Report on sanitation, dispensaries, and jails in Rajputana for 1915, and on vaccination for the year 1915-1916 - 1915-1916
Year: 1915
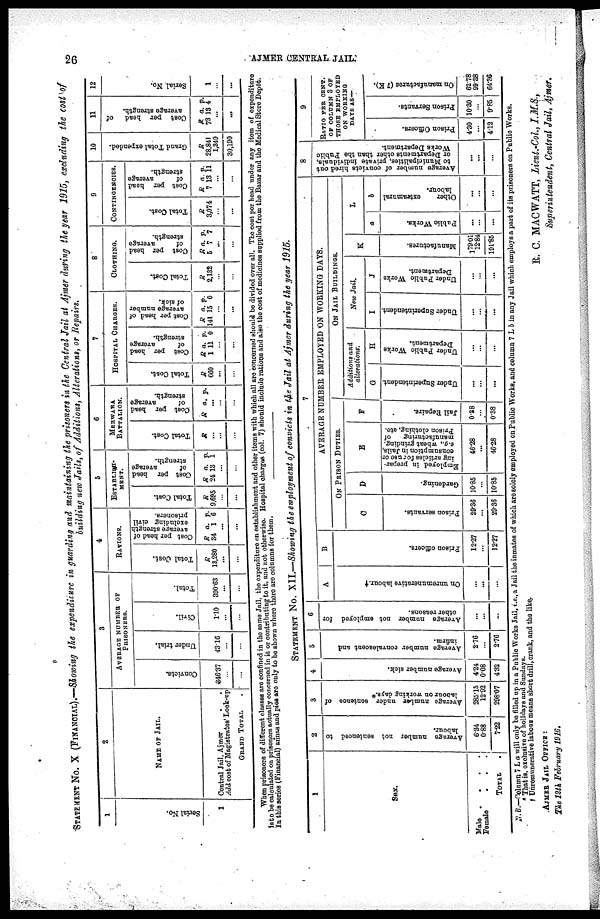
26
AJMER CENTRAL-JAIL.
STATEMENT No. X (FINANCIAL).—Showing the expenditure
in guarding and maintaining the prisoners in the Central Jail at Ajmer during the year 1915, excluding
the cost of
building new Jails, of Additions, Alterations, or Repairs.
1
Serial No.
1
2
NAME OF JAIL.
Contral Jail ,Ajmer . .
Add cost of Magistrates' Look-up
GRAND TOTAL .
3
AVERAGE NUMBER OF
PRISONERS.
Convicts.
346.37
...
. . .
Under trial.
43.16
...
...
Civil.
1. 10
...
...
Total.
390.63
...
...
4
RATIONS.
Total Cost.
R
18,280
...
...
Cost per head of
average strength
excluding civil
prisoners.
R
34
a.
1
p.
6
...
...
5
ESTABLISH¬
MENT.
Total Cost.
R
9,695
...
...
Cost per head
of
average
strength.
R
24
a.
13
p.
1
...
...
6
MERWARA
BATTALION.
Total Cost.
R
...
...
...
Cost per head
of
average
strength.
R a. p.
...
...
...
7
HOSPITAL CHARGES.
Total Cost.
R
660
...
...
Cost per head
of
average
strength.
R
1
a.
11
p.
0
...
...
Cost per head of
average number
of sick.
R
141
a.
15
p.
0
...
...
8
CLOTHING.
Total Cost.
R
2,132
...
...
Cost per head
of
average
strength.
R
5
a.
4
p.
7
...
...
9
CONTINGENCIES.
Total Cost.
R
3,074
...
...
Cost per head
of
average
strength.
R
7
a.
13
p.
11
...
...
10
Grand Total expended.
R
28,841
1,349
30,190
11
Cost per head of
average strength.
R
73
a.
13
p.
4
...
...
12
Serial No.
1
...
...
When prisoner of
diffrent classes are confined in the same Jail, the expenditure on establishment and other items with which all are concerned should be divided over all. The cost per head under any item of expenditure
into be calculate on prisoners actually concorned in it or contributing to it, and not otherwise. Hospital charges (col. 7) should include rations and also the cost of medicines supplied from the Bazar and the Medical Store Depôt.
In this series (Financial) annas and pies are only to be shown where there are columns for them.
STATEMENT No. XII.—Showing the employment of convicts in the Jail at Ajmer during the year 1915.
1
SEX.
Male . . . .
Female
.
.
.
TOTAL.
2
Average number not sentenced to
labour.
6.34
0.88
7.22
3
Average number under sentence of
labour on working days.
285.15
12.92
298.07
4
Average number sick.
4.24
0.08
4.32
5
Average number convalescent and
infirm.
2.76
...
2.76
6
Average number not employed for
other reasons.
...
...
...
7
A
On unremunerative labour. †
...
...
...
B
Prison officers.
12.27
...
12.27
AVERAGE NUMBER EMPLOYED ON WORKING DAYS.
ON PRISON DUTIES.
C
Prison servants.
29.36
...
29.36
D
Gardening.
10.85
...
10.85
E
Employed in prepar-
ing articles for use or
consumption in Jails
e.g.,
wheat grinding,
manufacturing
of
Prison clothing, etc.
46.28
...
46.28
F
Jail Repairs.
0.38
...
0.38
ON JAIL BUILDINGS.
Additions and
alterations.
G
Under Superintendent
...
...
...
H
Under Public Works
Department.
...
...
...
New Jail.
I
Under Superintendent.
...
...
...
J
Under Public Works
Department.
...
...
...
K
Manufactures.
179.01
12.84
191.85
L
a
Public Works.
...
...
...
b
Other
extramural
labour.
...
...
...
8
Average number of convicts hired out
to Municipalities, private individuals,
or Departments other than the Public
Works Department.
...
...
...
9
RATIO PER CENT.
OF COLUMN 3 OF
THOSE EMPLOYED
ON WORKING
DAYS AS —
Prison Officers.
4.30
...
4.12
Prison Servants.
10.30
...
9.85
On manufactures (7 K).
62.78
99.38
64.36
N.B.—Column 7 L a will only be filled up in a Public Works Jail, i.e., a Jail the inmates of which are solely employed on PublicWorks, and column 7 L b in any Jail which employe a part of its prisoners on Public Works.
* That is, exclusive of holidays and Sundays.
† Unremunerative labour means short drill, crank, and the like,
R. C. MACWATT, Lieut.-Col., I.M.S.,
Superintendent, Central Jail, Ajmer.
AJMER JAIL OFFICE :
The 12th February 1916.